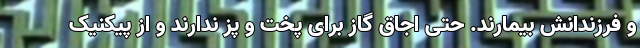
و فرزندانش بیمارند. حتی اجاق گاز برای پخت و پز ندارند و از پیکنیک